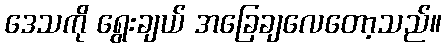
ဒေသကို ရွေးချယ် အခြေချလေတော့သည်။